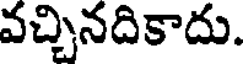
వచ్చినదికాదు.